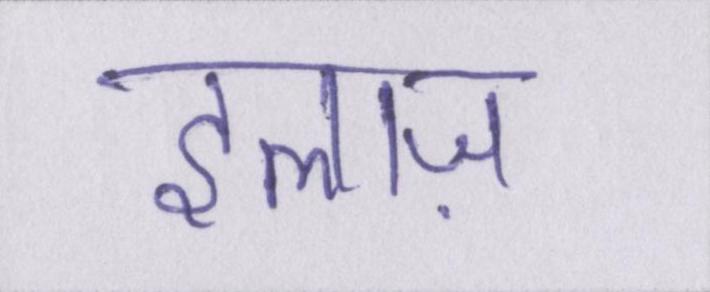
इलाज़